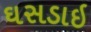
ઘસડાઇ